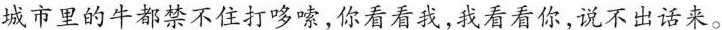
城市里的牛都禁不住打哆嗦，你看看我，我看看你，说不出话来。